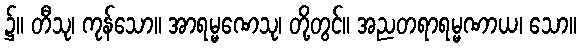
၌။ တီသု၊ ကုန်သော။ အာရမ္မဏေသု၊ တို့တွင်။ အညတရာရမ္မဏာယ၊ သော။